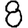
Digit: 8